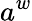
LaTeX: a^{w}